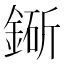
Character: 䤺